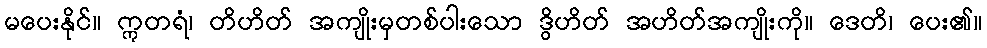
မပေးနိုင်။ ဣတရံ၊ တိဟိတ် အကျိုးမှတစ်ပါးသော ဒွိဟိတ် အဟိတ်အကျိုးကို။ ဒေတိ၊ ပေး၏။